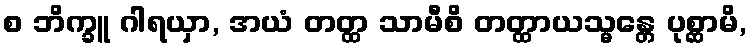
စ ဘိက္ခူ ဂါရယှာ, အယံ တတ္ထ သာမီစိ တတ္ထာယသ္မန္တေ ပုစ္ဆာမိ,